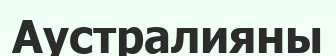
Аустралияны